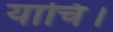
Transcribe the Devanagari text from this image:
याचि।